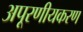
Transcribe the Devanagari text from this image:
अपूरणीयकरण